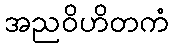
အညဝိဟိတကံ